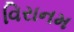
વિરાનમ